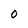
Character: 0